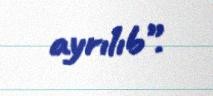
ayrılıb”.